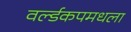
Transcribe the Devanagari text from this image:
वर्ल्डकपमधला